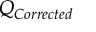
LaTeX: Q _ { C o r r e c t e d } \,